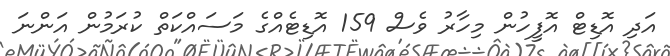
އަދި އޮޑިޓް އޮފީހުން މިހާރު ވެސް 159 އޮޑިޓެއްގެ މަސައްކަތް ކުރަމުން އަންނަ